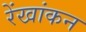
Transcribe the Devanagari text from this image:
रेंखांकन